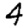
Digit: 4